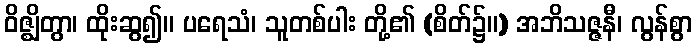
ဝိဇ္ဈိတွာ၊ ထိုးဆွ၍။ ပရေသံ၊ သူတစ်ပါး တို့၏ (စိတ်၌။) အဘိသဇ္ဇနီ၊ လွန်စွာ